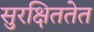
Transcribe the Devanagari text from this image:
सुरक्षिततेत